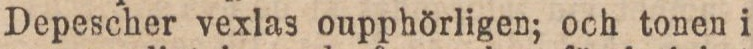
Depescher vexlas oupphörligen; och tonen i